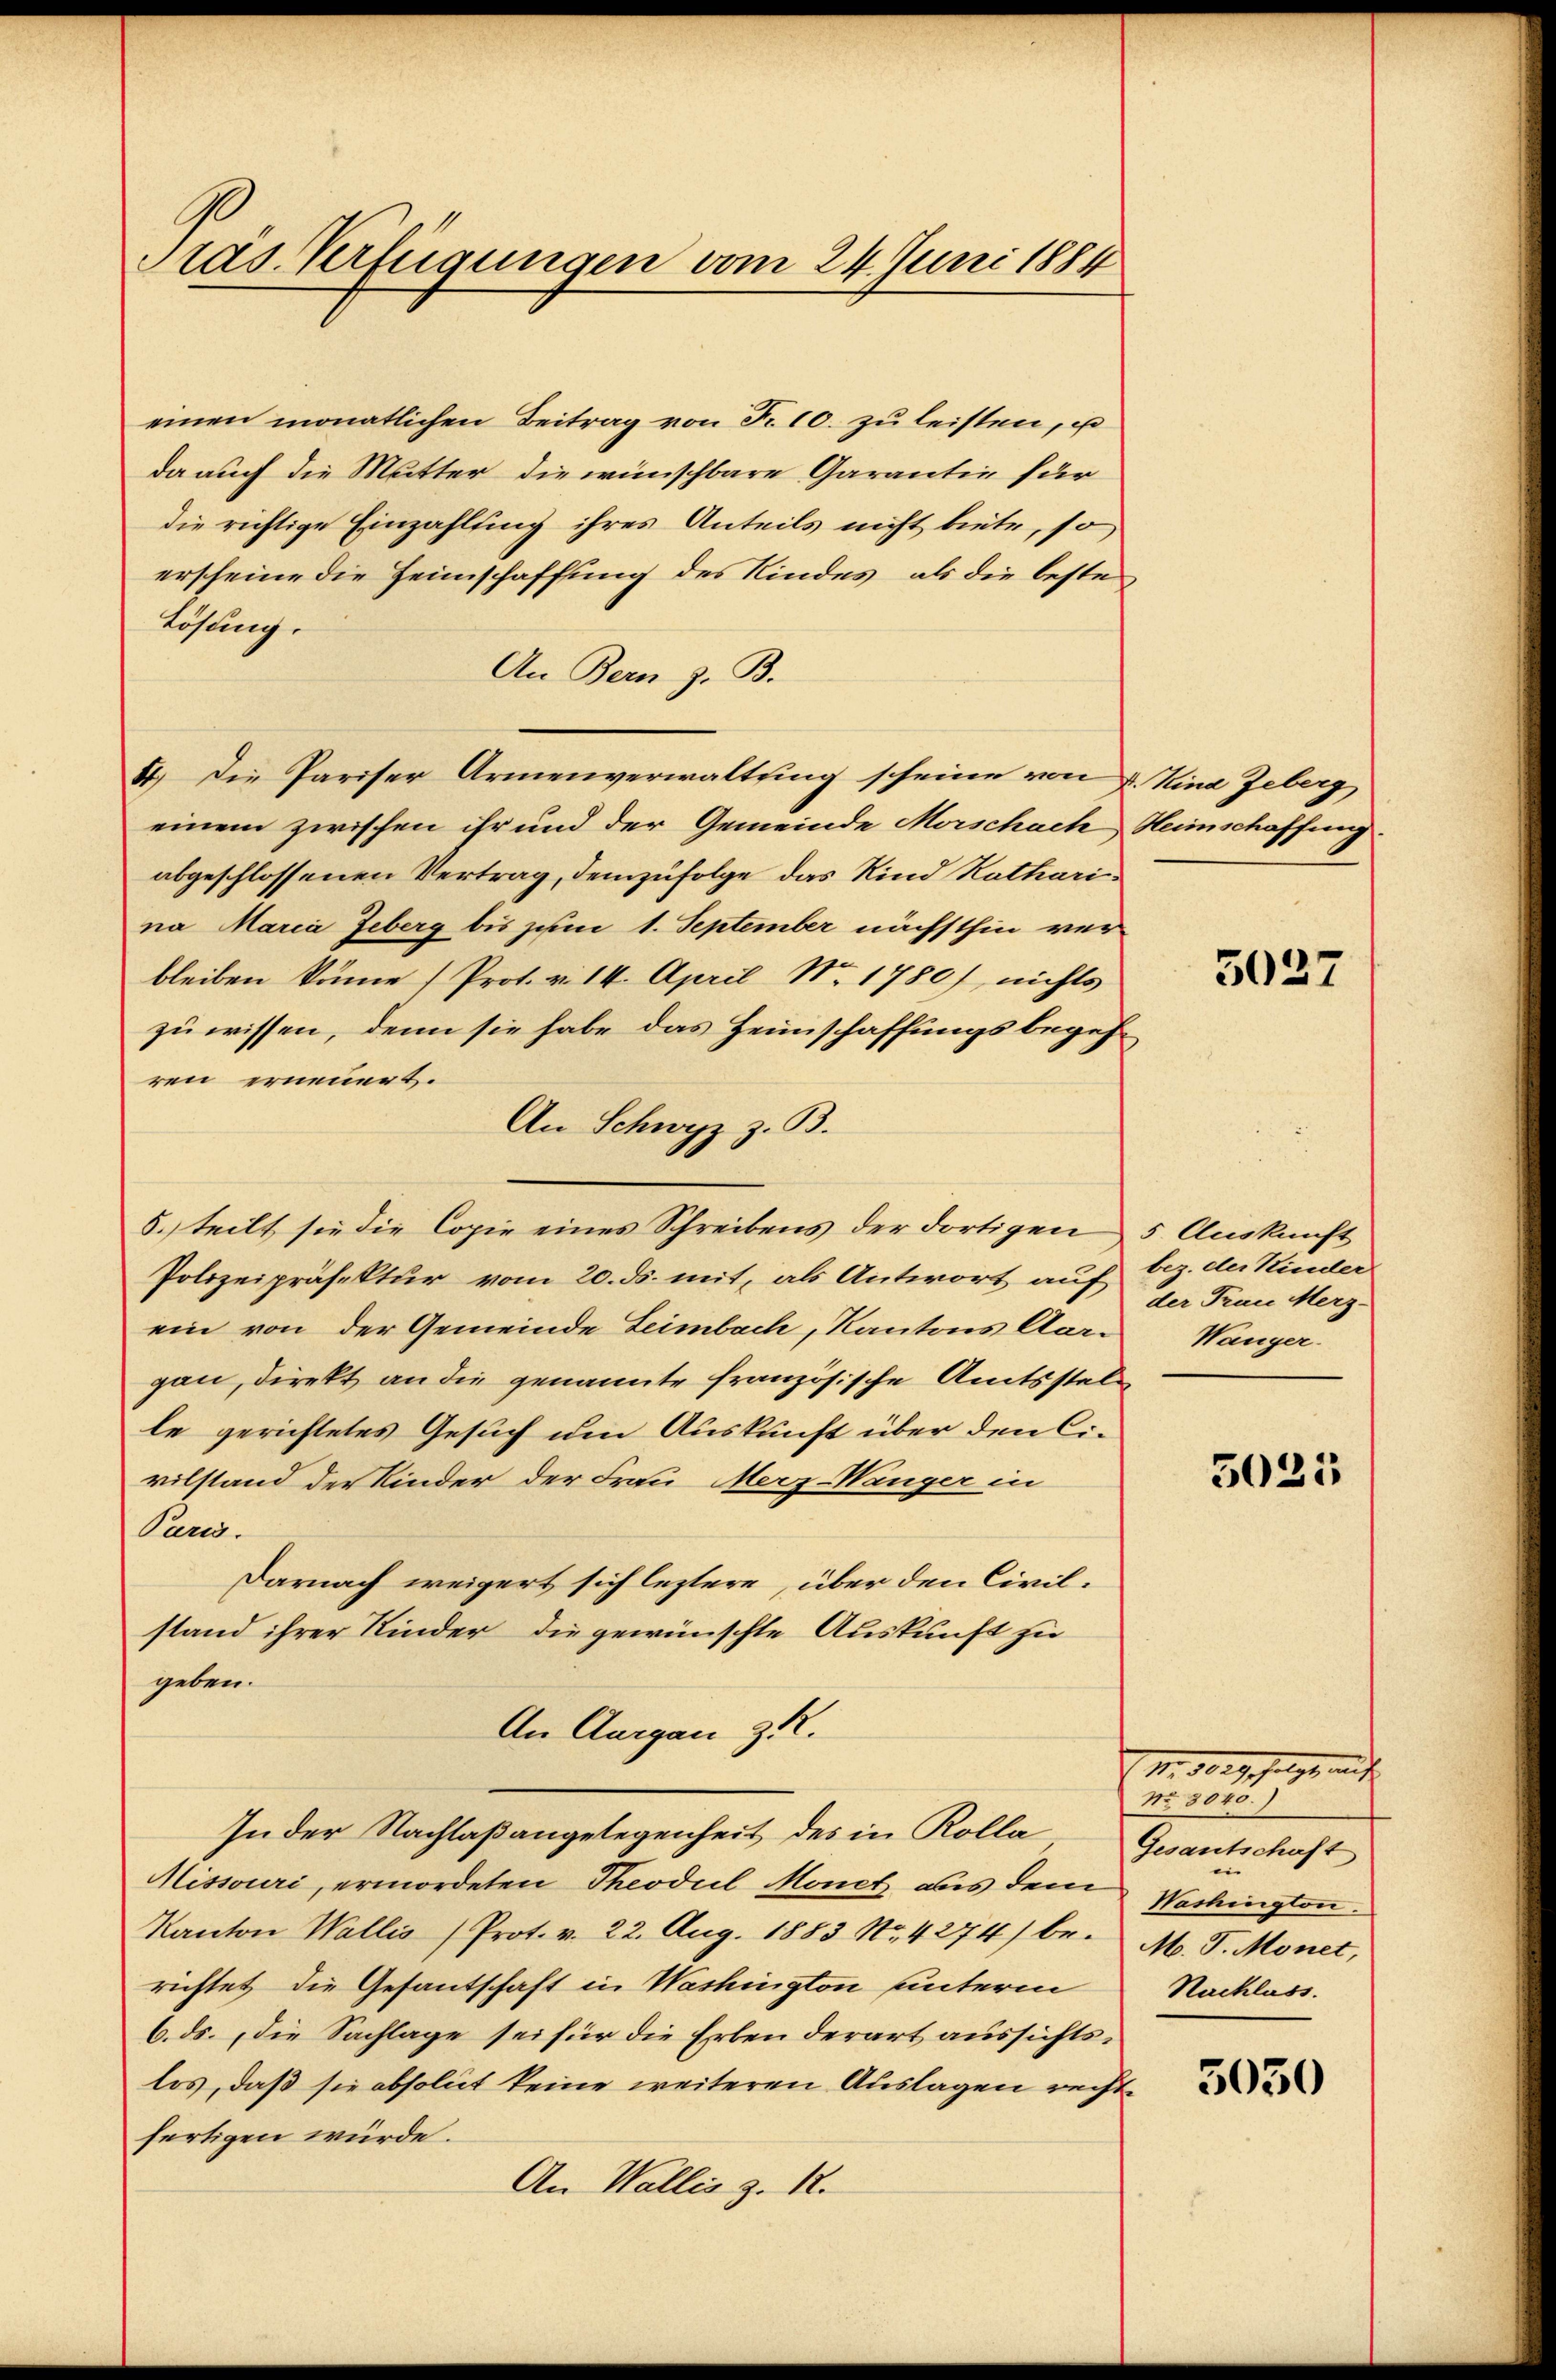
Präs. Verfügungen vom 24. Juni 1884

einen monatlichen Beitrag von Fr. 10. zŭ leisten, u
da auch die Mutter die wünschbare Garantie für
die richtige Einzahlung ihres Anteils nicht biete, so
erscheine die Heimschaffung des Kindes, als die beste
Lösung.
An Bern z. B.
4.) Die Pariser Armenverwaltung scheine von d. Kind Geberg
einem zwischen ihr und der Gemeinde Morschach Heimschaffung
abgeschlossenen Vertrag, demzufolge das Kind Katharina Maria Feberg bis zum 1. September nächsthin verbleiben könne (Prot. v. 14. April No. 1780), nichts
zu wissen, denn sie habe das Heimschaffungsbegehren erneuert.
An Schwyz z. B.
6. teilt sie die Copie eines Schreibens der dortigen 5 Auskunft
Polizeipräsektur vom 20. ds. mit, als Antwort auf
ein von der Gemeinde Leimbach, Kantons Aare Wanger
gan, direkt an die genannte französische Amtsstelle gerichtetes Gesuch um Auskunft über den Civilstand der Kinder der Frau Merz-Wanger in
Pard.
Darnach weigert sich leztere, über den Civilstand ihrer Kinder die gewünschte Auskunft zu
geben.
An Aargau zu.
In der Nachlaßangelegenheit des in Kolla
Missouri, ermordeten Theodil Monet aus dem
Kanton Wallis (Prot. v. 22. Aug. 1883 No. 4274) be- M. J. Monet,
richtet die Gesantschaft in Washington unterm
6. ds. die Sachlage sei für die Erben derart aussichtslos, daß sie absolut keine weiteren Auslagen recht
fertigen würde.
An Wallis z. R.

5027

bez. der Kinder
der Frau Merz-

5025

M. 30 g heger auch

Gesantschaft
in
Washington.
Nachlass.

5050